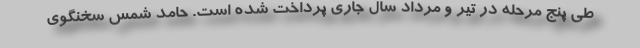
طی پنج مرحله در تیر و مرداد سال جاری پرداخت شده است. حامد شمس سخنگوی